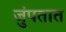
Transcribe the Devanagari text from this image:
जुंपतात